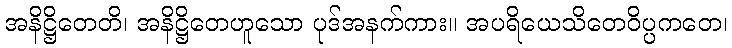
အနိဋ္ဌိတေတိ၊ အနိဋ္ဌိတေဟူသော ပုဒ်အနက်ကား။ အပရိယေသိတေဝိပ္ပကတေ၊